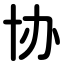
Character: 协